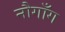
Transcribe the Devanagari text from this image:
नौगाँग